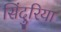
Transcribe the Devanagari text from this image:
सिंदुरिया